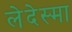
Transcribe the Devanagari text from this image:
लेदेस्मा